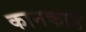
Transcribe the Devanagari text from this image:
कानकार्ड